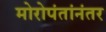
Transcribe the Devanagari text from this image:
मोरोपंतांनंतर